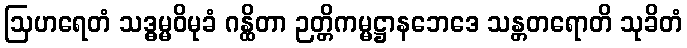
ဩဟရေတံ သဒ္ဓမ္မဝိမုခံ ဂန္ထိတာ ဉတ္တိကမ္မဋ္ဌာနဘေဒေ သန္တတရောတိ သုခိတံ